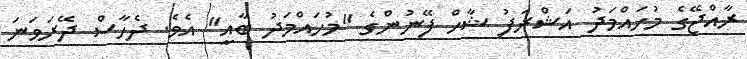
ރާއްޖޭގެ މުހައްމަދު އަޝްރަފު ޝާހް ފޭނުންގެ "މުހައްމަދު ބާއީ" އެވެ. ދެހާސް ދޭރަވަނަ